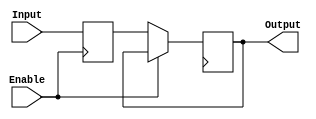
module EnableLatch (
    input wire Enable,
    input wire Input,
    output reg Output
);

reg latched_value;

always @(posedge Enable)
begin
    if (Enable)
        latched_value <= Input;
end

always @(posedge clk)
begin
    if (!Enable)
        Output <= latched_value;
end

endmodule